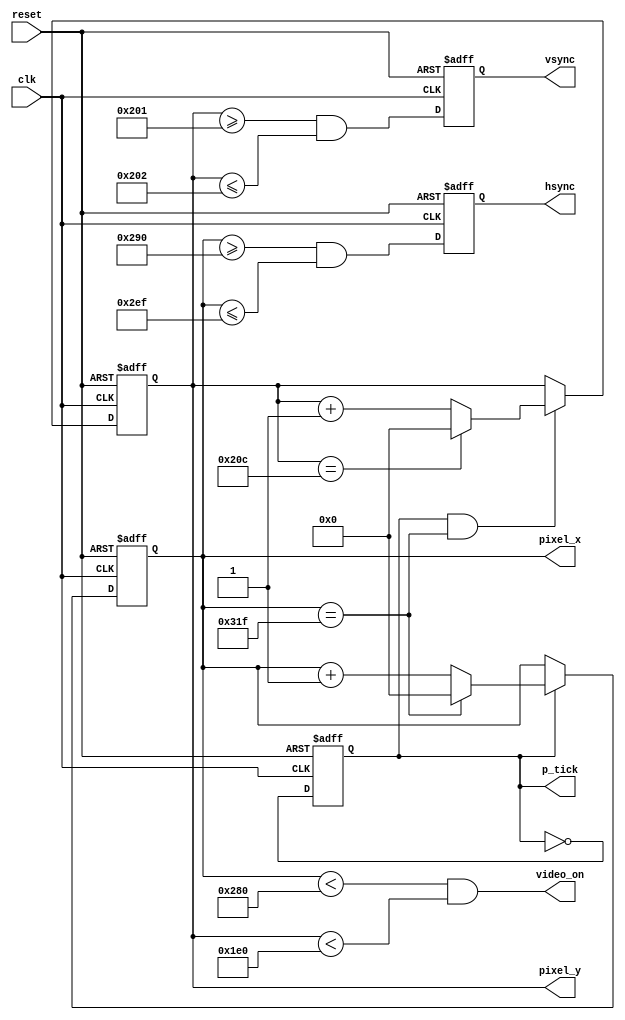
// Moudlo encargado de la sincronizacion de seales para la correcta visualizacion de datos en el LCD

module SYNC (
			input wire clk, reset, 
			output wire hsync, vsync, video_on, p_tick,
			output wire [9:0] pixel_x, pixel_y
	);
// constant declaration
// VGA 640x480 sync

parameter HD=640;
parameter HF=48;
parameter HB=16;
parameter HR=96;
parameter VD=480;
parameter VF=10;
parameter VB=33;
parameter VR=2;

//mod-2 counter

reg mod2_reg;
wire mod2_next;
//sync counters
reg [9:0] h_count_reg, h_count_next;
reg [9:0] v_count_reg, v_count_next;
// output buffer
reg v_sync_reg, h_sync_reg;
wire v_sync_next, h_sync_next;
//status signal
wire h_end, v_end, pixel_tick;

//body 

always @(posedge clk, posedge reset)
	if (reset)
		begin
		mod2_reg <= 1'b0;
		v_count_reg <= 0;
		h_count_reg <= 0;
		v_sync_reg <= 1'b0;
		h_sync_reg <= 1'b0;
		end
	else
		begin
		mod2_reg <= mod2_next;
		v_count_reg <= v_count_next;
		h_count_reg <= h_count_next;
		v_sync_reg <= v_sync_next;
		h_sync_reg <= h_sync_next;
		end

	//mod-2 circuit to generate 25 MHz enable tick
assign mod2_next = ~mod2_reg;
assign pixel_tick = mod2_reg;

	//status signals
	//end of horizontal counter (799)
assign h_end = (h_count_reg==(HD+HF+HB+HR-1));
	//end of vertical counter (524)
assign v_end = (v_count_reg==(VD+VF+VB+VR-1));

//next-state logic of mod-800 horizontal sync counter
always @*
	if(pixel_tick)	//25Mhz pulse
		if (h_end)
			h_count_next=0;
		else
			h_count_next=h_count_reg+1;
	else
		h_count_next=h_count_reg;

//next state logic of mod 525 vertical sync counter
always @*
	if(pixel_tick & h_end)
		if(v_end)
			v_count_next=0;
		else
			v_count_next= v_count_reg +1;
	else
		v_count_next= v_count_reg;

//horizontal and vertical sync, buffered to avoid glitch, hsync next asserted between 656 and 751, vsync next asserted between 490 and 491
assign h_sync_next = (h_count_reg>=(HD+HB) &&
			h_count_reg<=(HD+HB+HR-1));

assign v_sync_next = (v_count_reg>=(VD+VB) &&
			v_count_reg<=(VD+VB+VR-1));
//video on/off
assign video_on = (h_count_reg<HD) && (v_count_reg<VD);

//output
assign hsync=h_sync_reg;
assign vsync= v_sync_reg;
assign pixel_x=h_count_reg;
assign pixel_y=v_count_reg;
assign p_tick=pixel_tick;

endmodule